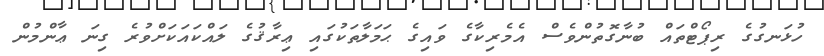
ހުޅަނގުގެ ރިޕޯޓްތައް ބުނާގޮތުންވެސް އެމެރިކާގެ ވައިގެ ޙަމަލާތަކުގައި ޢިރާޤުގެ ލައްކައަކަށްވުރެ ގިނަ ޢާންމުން